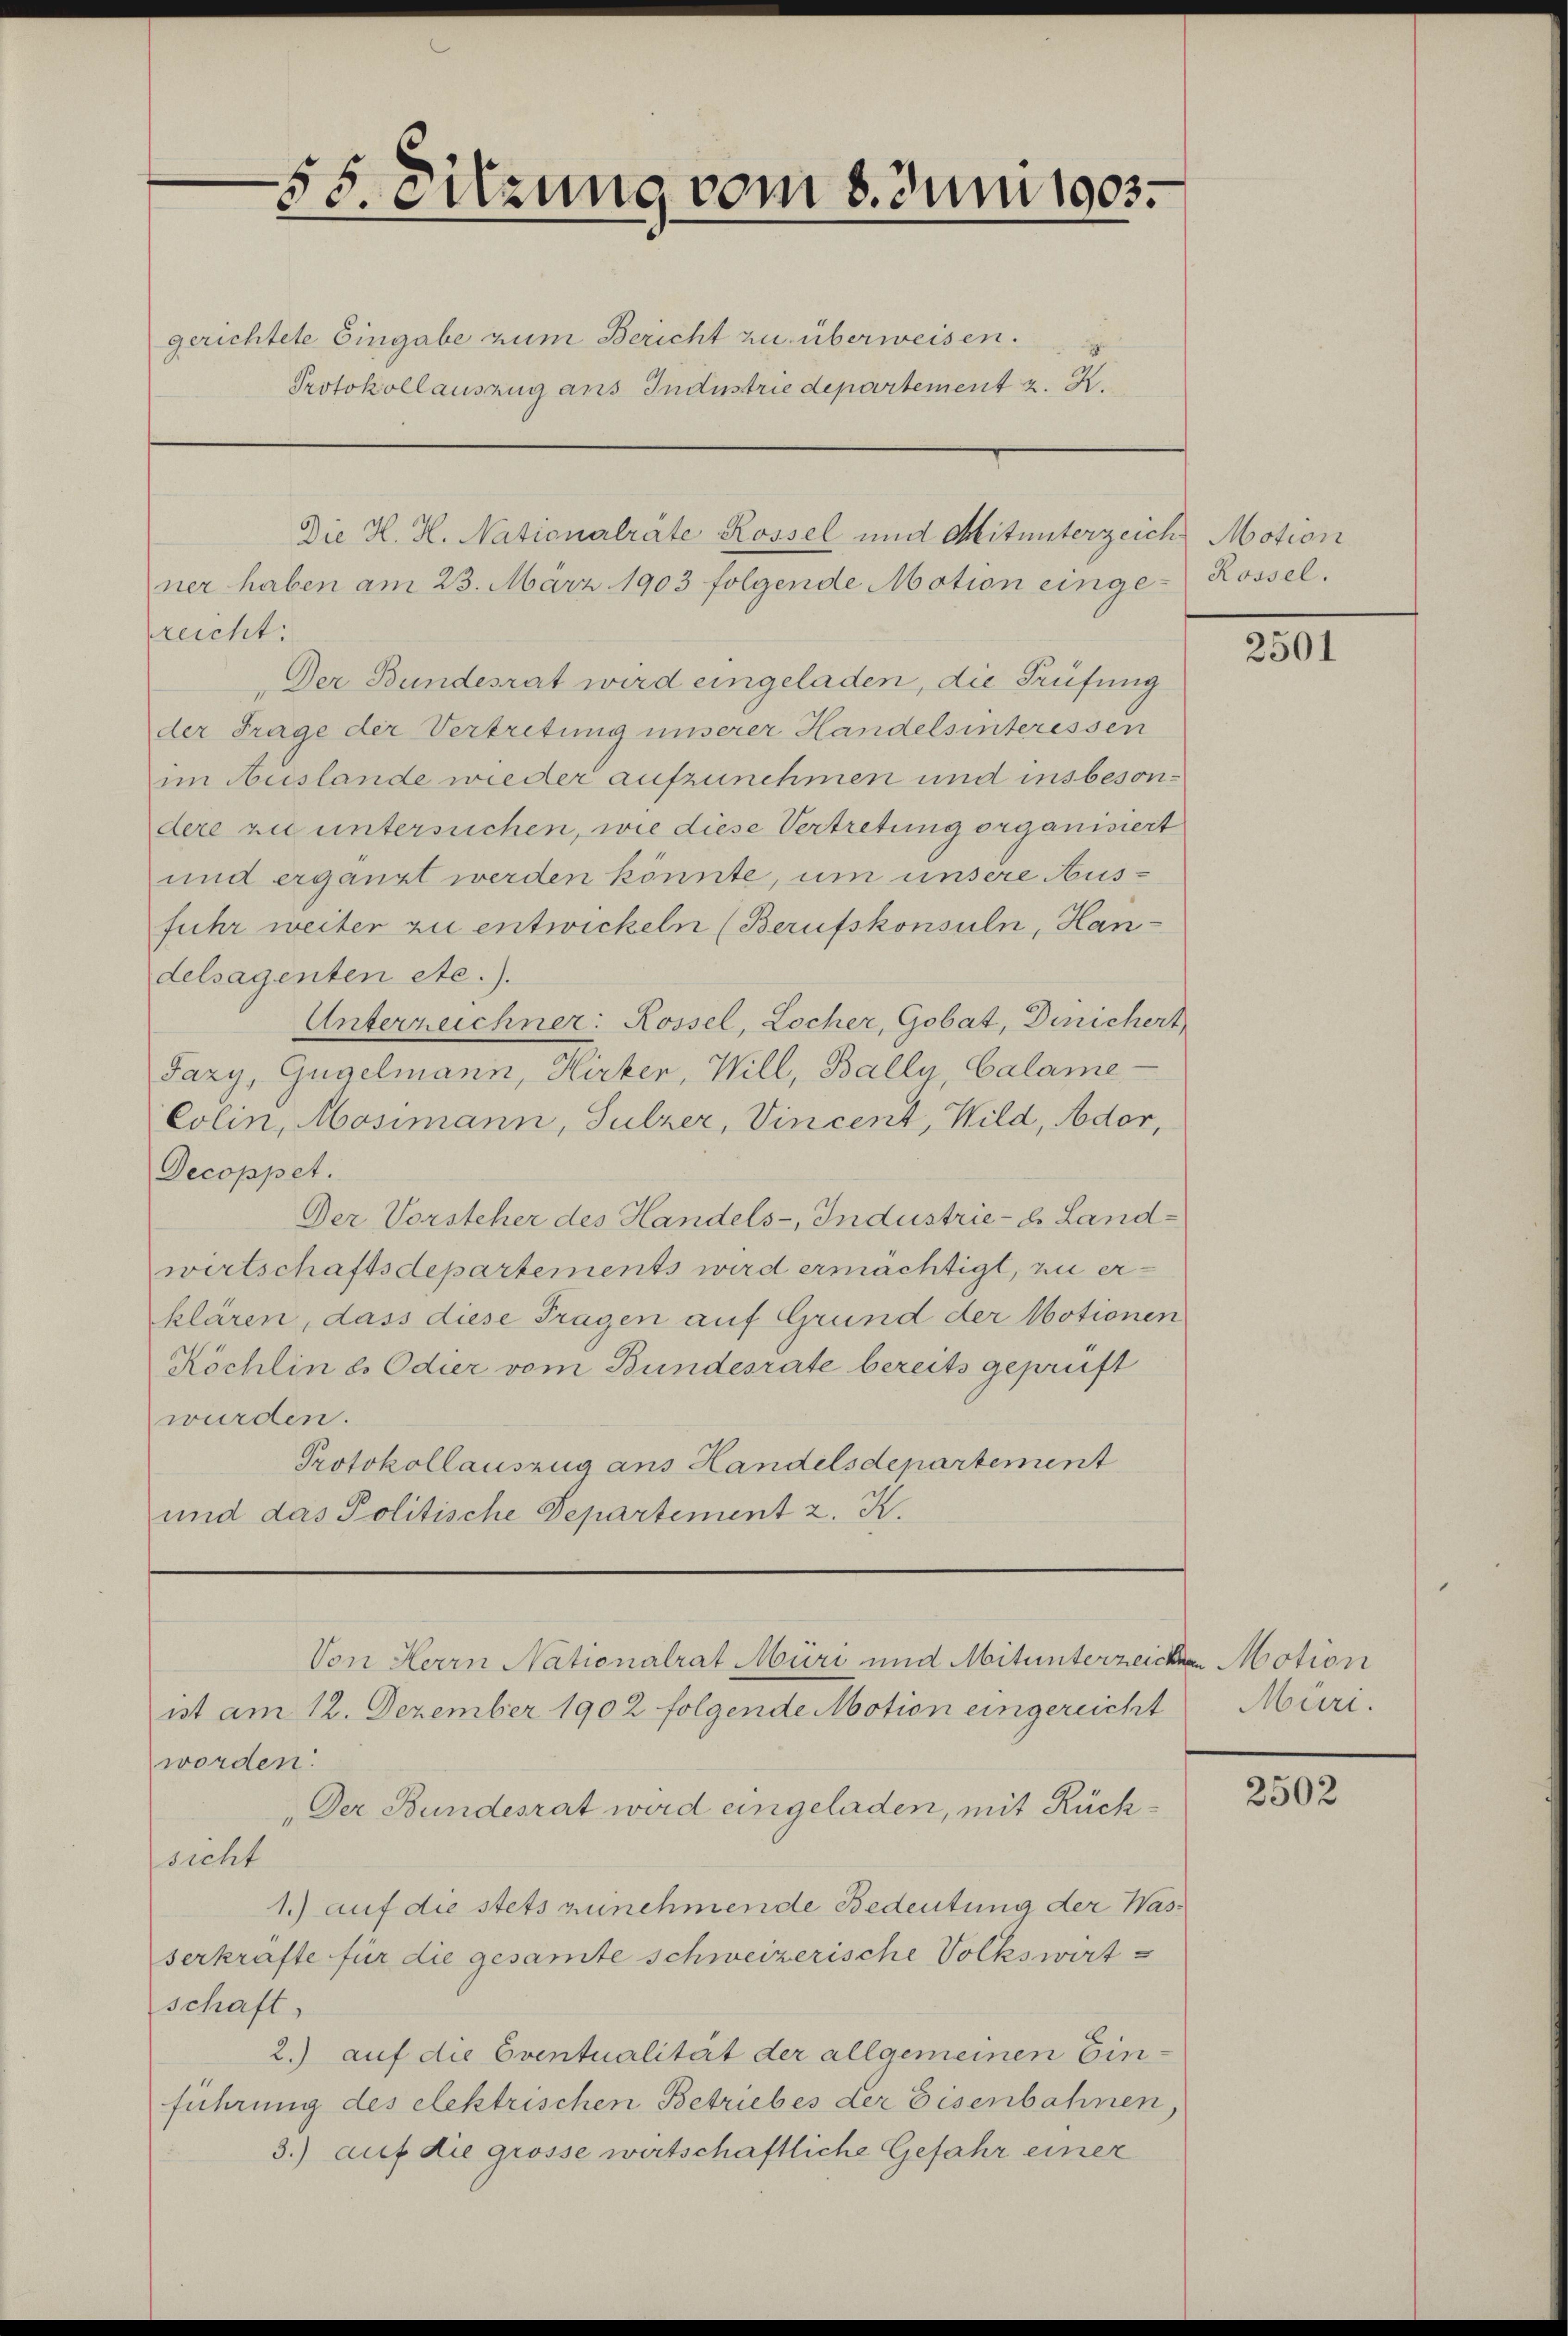
55. Sitzung vom 8. Juni 1903.
gerichtete Eingabe zum Bericht zu überweisen.
Protokollausung ans Industrie departement z. K.

rreicht:
Der Bundesrat wird eingeladen, die Prüfung
der Frage der Vertretung unserer Handelsinteressen
im Auslande wieder aufzunehmen und insbesondere zu untersuchen, wie diese Vertretung organisiert
und ergänzt werden könnte, um unsere Ausfuhr weiter zu entwickeln (Berufskonsuln, Handelsagenten etc.).
Unterzeichner: Rossel, Locher, Gobat, Dinichert
Jazy, Gügelmann, Hirter, Will, Bally, Calame
Colin, Mosimann, Sulzer, Vincent, Wild, Ador,
Decoppet.
Der Vorsteher des Handels-Industrie- u. Landwirtschaftsdepartements wird ermächtigt, zu erklären, dass diese Tragen auf Grund der Motionen
Köchlin d. Odier vom Bundesrate bereits geprüft
wurden.
Protokollauszug ans Handelsdepartement
und das Politische Departement 2. K.

Die H. H. Nationalrate Rossel und Mitunterzeich Motion
ner haben am 23. März 1903 folgende Motion einge- Rossel.

ist am 12. Dezember 1902 folgende Motion eingereicht Müri.
worden.
„Der Bundesrat wird eingeladen, mit Rücksicht
1.) auf die stets zunehmende Bedeutung der Wasserkräfte für die gesamte schweizerische Volkswirt
schaft
2.) auf die Eventualität der allgemeinen Einführung des elektrischen Betriebes der Eisenbahnen,
3.) auf die grosse wirtschaftliche Gefahr einer

Von Herrn Nationalrat Müri und Mitunterzeichen Motion

2501

2502